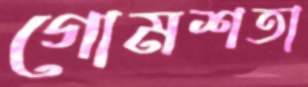
গোমশতা